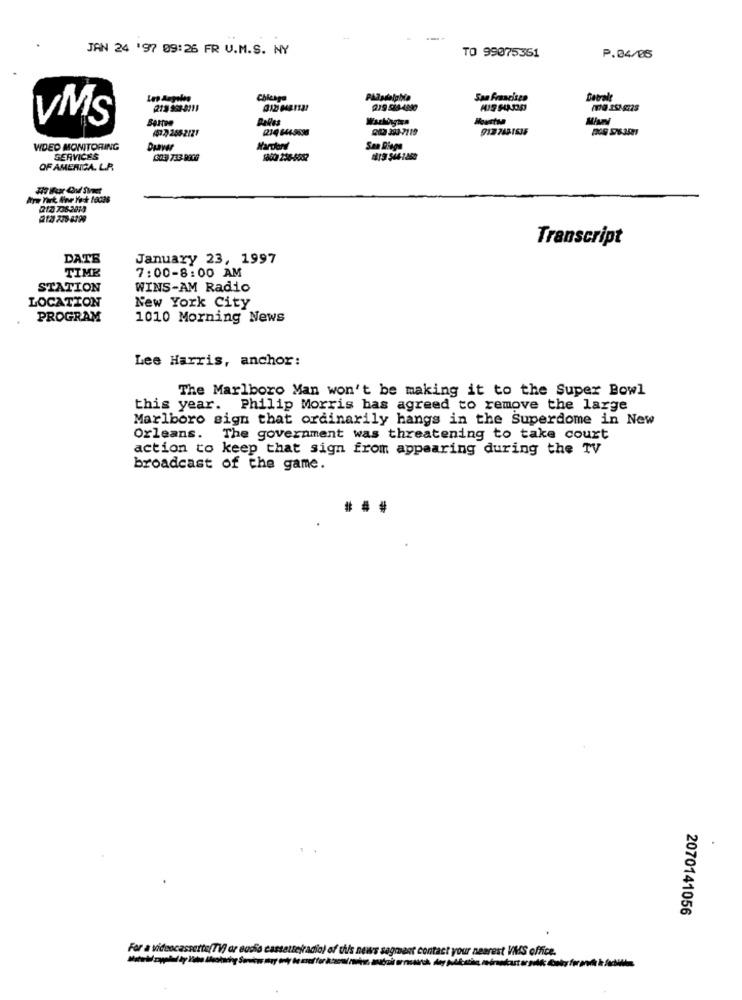
JAN 24 '97 09:26 FR U.M.S. NY
TO 99075351
P.04/06
Chicago
San Francisco
Detrale
213 983-8111
VMS
(234 644-9696
DID 393-7119
(577) 255-2121
WDED MONITORING
Diaver
Warders
San Diego
SERVICES
OF AMERICA. L.P.
212 7362014
Transcript
DATE
January 23, 1997
TIME
7:00-8:00 AM
STATION
WINS-AM Radio
LOCATION
New York City
PROGRAM
1010 Morning News
Lee Harris, anchor:
The Marlboro Man won't be making it to the Super Bowl
this year. Philip Morris bas agreed to remove the large
Marlboro sign that ordinarily hangs in the Superdome in New
Orleans. The government was threatening to take court
action to keep that sign from appearing during the TV
broadcast of the game.
2070141056
For a videocassette(TV) or audio cassattelradio) of this news segment contact your nearest VMS office.